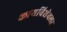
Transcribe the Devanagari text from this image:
कायबिशेवला